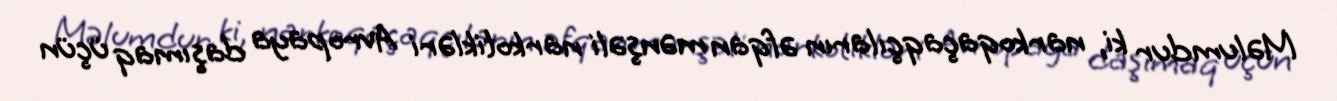
Məlumdur ki, narkoqaçaqçıların əfqan mənşəli narkotikləri Avropaya daşımaq üçün